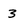
Character: 3